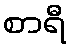
စာရီ